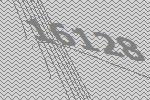
16128